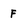
Character: F